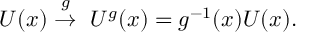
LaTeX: U ( x ) \stackrel { g } { \rightarrow } \ U ^ { g } ( x ) = g ^ { - 1 } ( x ) U ( x ) .